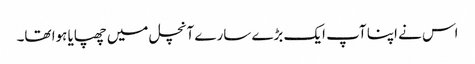
اس نے اپنا آپ ایک بڑے سارے آنچل میں چھپایا ہوا تھا۔